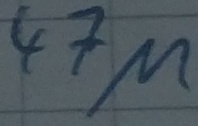
Text: 47µ